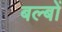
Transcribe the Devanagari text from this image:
बल्‍बों